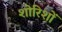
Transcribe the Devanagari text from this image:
शोरिशों